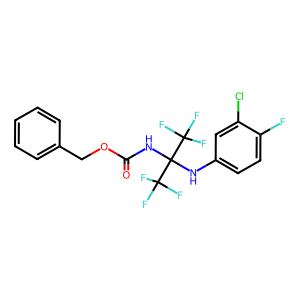
SMILES: O=C(NC(Nc1ccc(F)c(Cl)c1)(C(F)(F)F)C(F)(F)F)OCc1ccccc1
Inhibits HIV replication: No